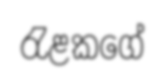
රැළකගේ